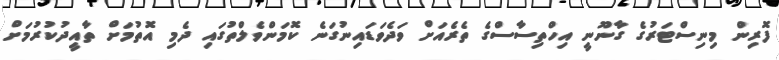
ފޮރިން މިނިސްޓަރުގެ ގާނޫނީ އިހްތިސާސްގެ ތެރެއަށް ވަދެވަޑައިނުގަނެ ކޮމަންވެލްތުގައި ދެމި އޮތުމަށް ތާއީދުކުރުމަށް